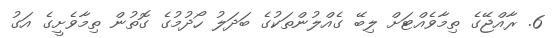
6. ރާއްޖޭގެ ތިމާވެއްޓަށް ލިބޭ ގެއްލުންތަކުގެ ބަދަލު ހޯދުމުގެ ގޮތުން ތިމާވެށީގެ އަގު